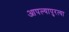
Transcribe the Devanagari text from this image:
आपल्यापुरत्या